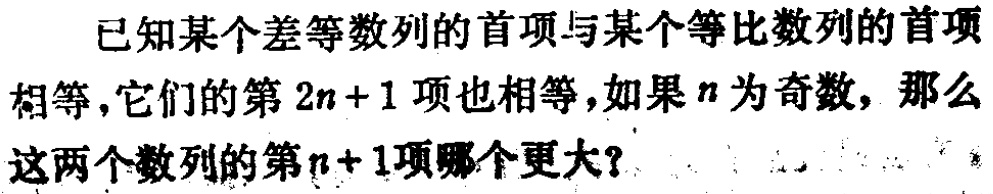
已知某个差等差数列的首项与某个等比数列的首项相等，它们的第\(2n + 1\)项也相等，如果\(n\)为奇数，那么这两个数列的第\(n + 1\)项哪个更大？